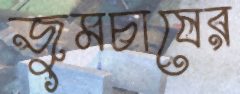
জুমচাষের